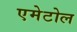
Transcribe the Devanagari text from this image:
एमेटोल